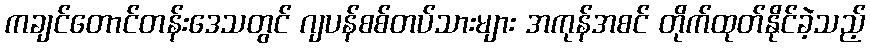
ကချင်တောင်တန်းဒေသတွင် ဂျပန်စစ်တပ်သားများ အကုန်အစင် တိုက်ထုတ်နိုင်ခဲ့သည့်